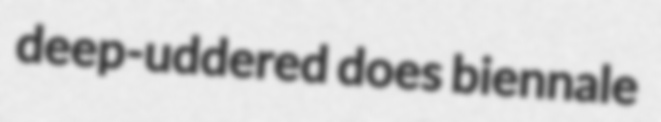
deep-uddered does biennale